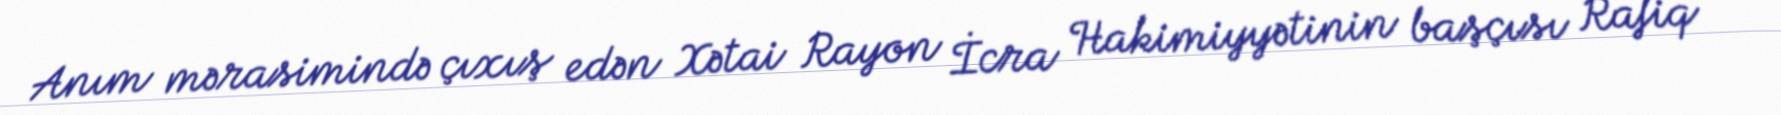
Anım mərasimində çıxış edən Xətai Rayon İcra Hakimiyyətinin başçısı Rafiq